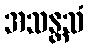
အသန္တသံ